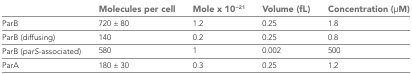
|  | Molecules per cell | Mole x 10−21 | Volume (fL) | Concentration (μM) |
 | --- | --- | --- | --- | --- |
 | ParB | 720 ± 80 | 1.2 | 0.25 | 1.8 |
 | ParB (diffusing) | 140 | 0.2 | 0.25 | 0.8 |
 | ParB (parS-associated) | 580 | 1 | 0.002 | 500 |
 | ParA | 180 ± 30 | 0.3 | 0.25 | 1.2 |